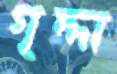
গৃদ্দা